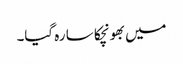
میں بھونچکا سا رہ گیا۔